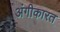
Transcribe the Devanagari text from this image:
अंगीकारत